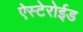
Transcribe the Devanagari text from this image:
ऐस्टेरोईड